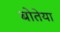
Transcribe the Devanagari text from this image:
बोतेया